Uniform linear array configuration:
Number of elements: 12
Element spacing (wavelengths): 0.25
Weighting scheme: hamming
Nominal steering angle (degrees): -15
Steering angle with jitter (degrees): -15.261
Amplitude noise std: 0.05
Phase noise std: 0.05

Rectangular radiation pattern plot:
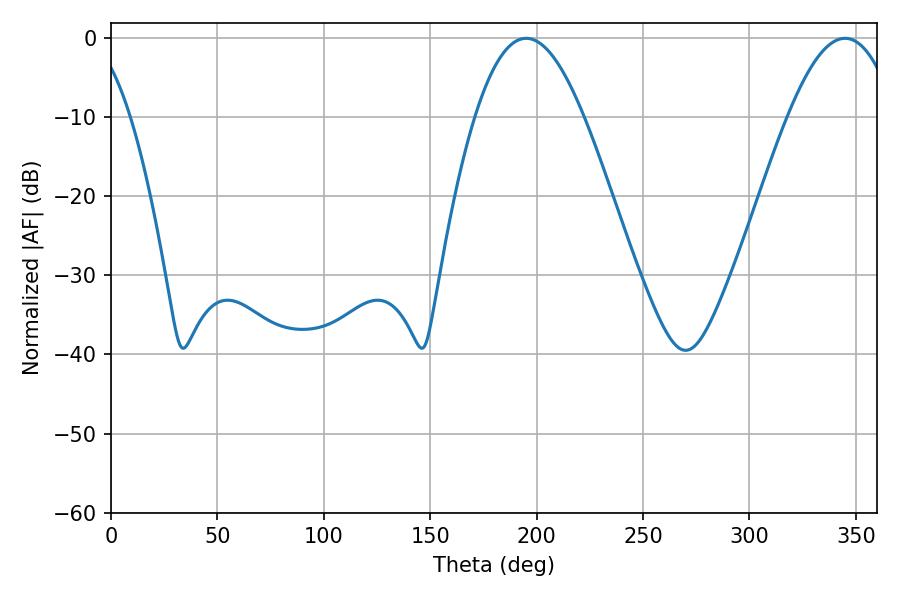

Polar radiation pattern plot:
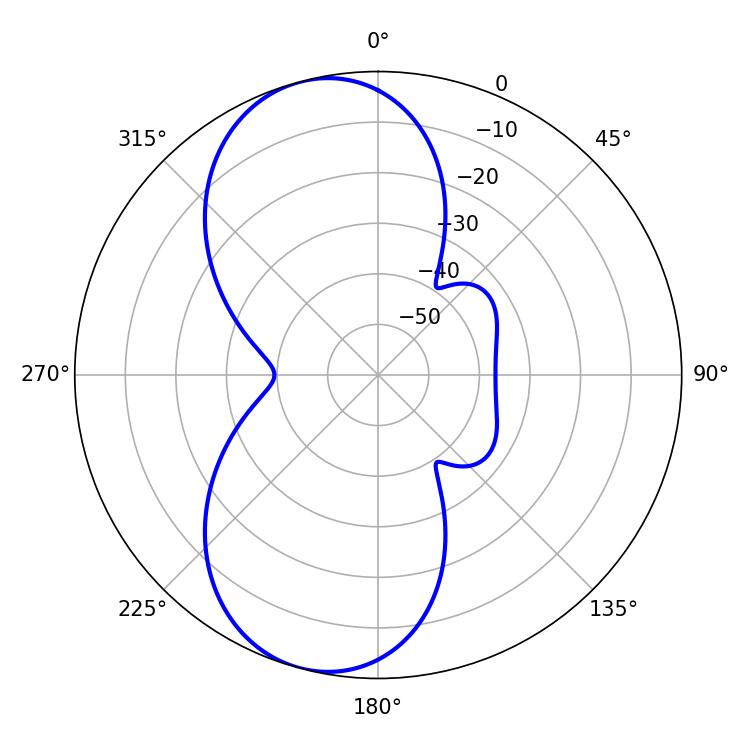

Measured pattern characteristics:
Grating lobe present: FALSE
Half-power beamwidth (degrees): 27.9
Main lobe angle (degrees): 195.12